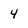
Character: 4